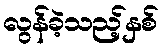
လွန်ခဲ့သည့်နှစ်